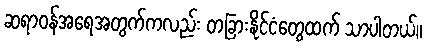
ဆရာဝန်အရေအတွက်ကလည်း တခြားနိုင်ငံတွေထက် သာပါတယ်။